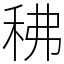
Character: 䄶